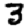
Digit: 3